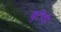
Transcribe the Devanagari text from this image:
बुटीची